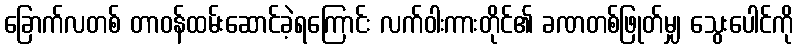
ခြောက်လတစ် တာဝန်ထမ်းဆောင်ခဲ့ရကြောင်း လက်ဝါးကားတိုင်၏ ခဏတစ်ဖြုတ်မျှ သွေးပေါင်ကို